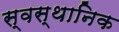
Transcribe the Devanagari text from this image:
स्वस्थानिक